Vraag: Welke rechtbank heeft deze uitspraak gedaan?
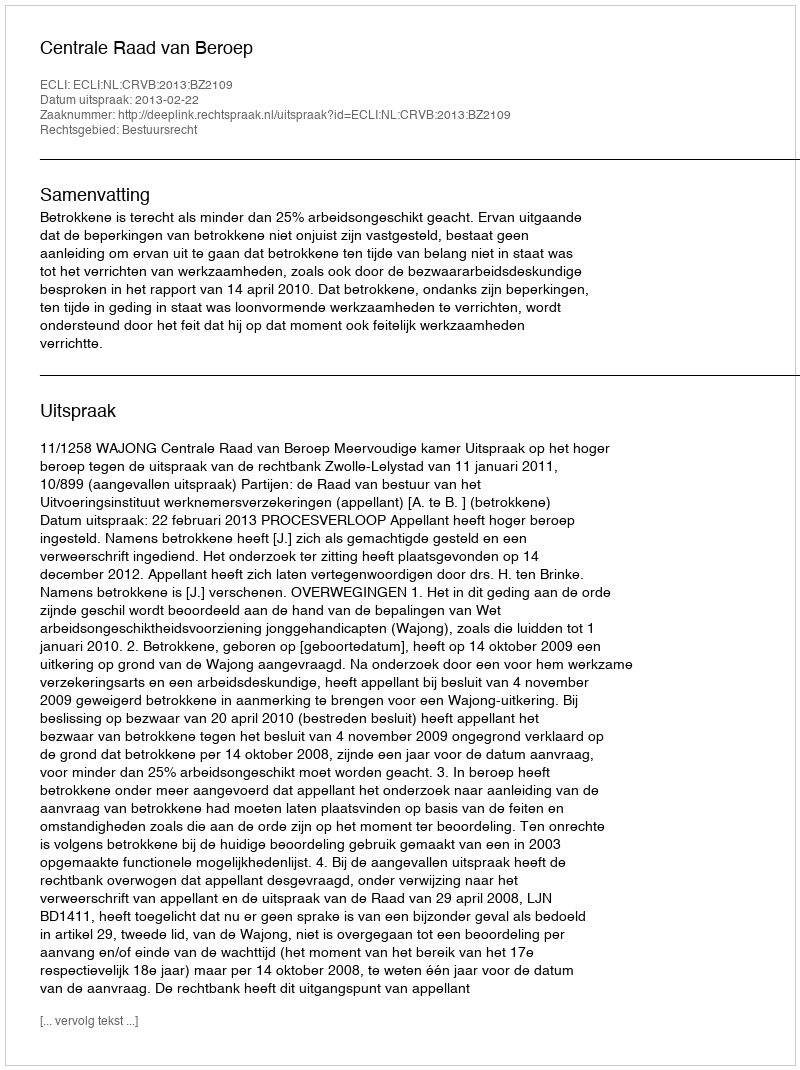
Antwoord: Centrale Raad van Beroep